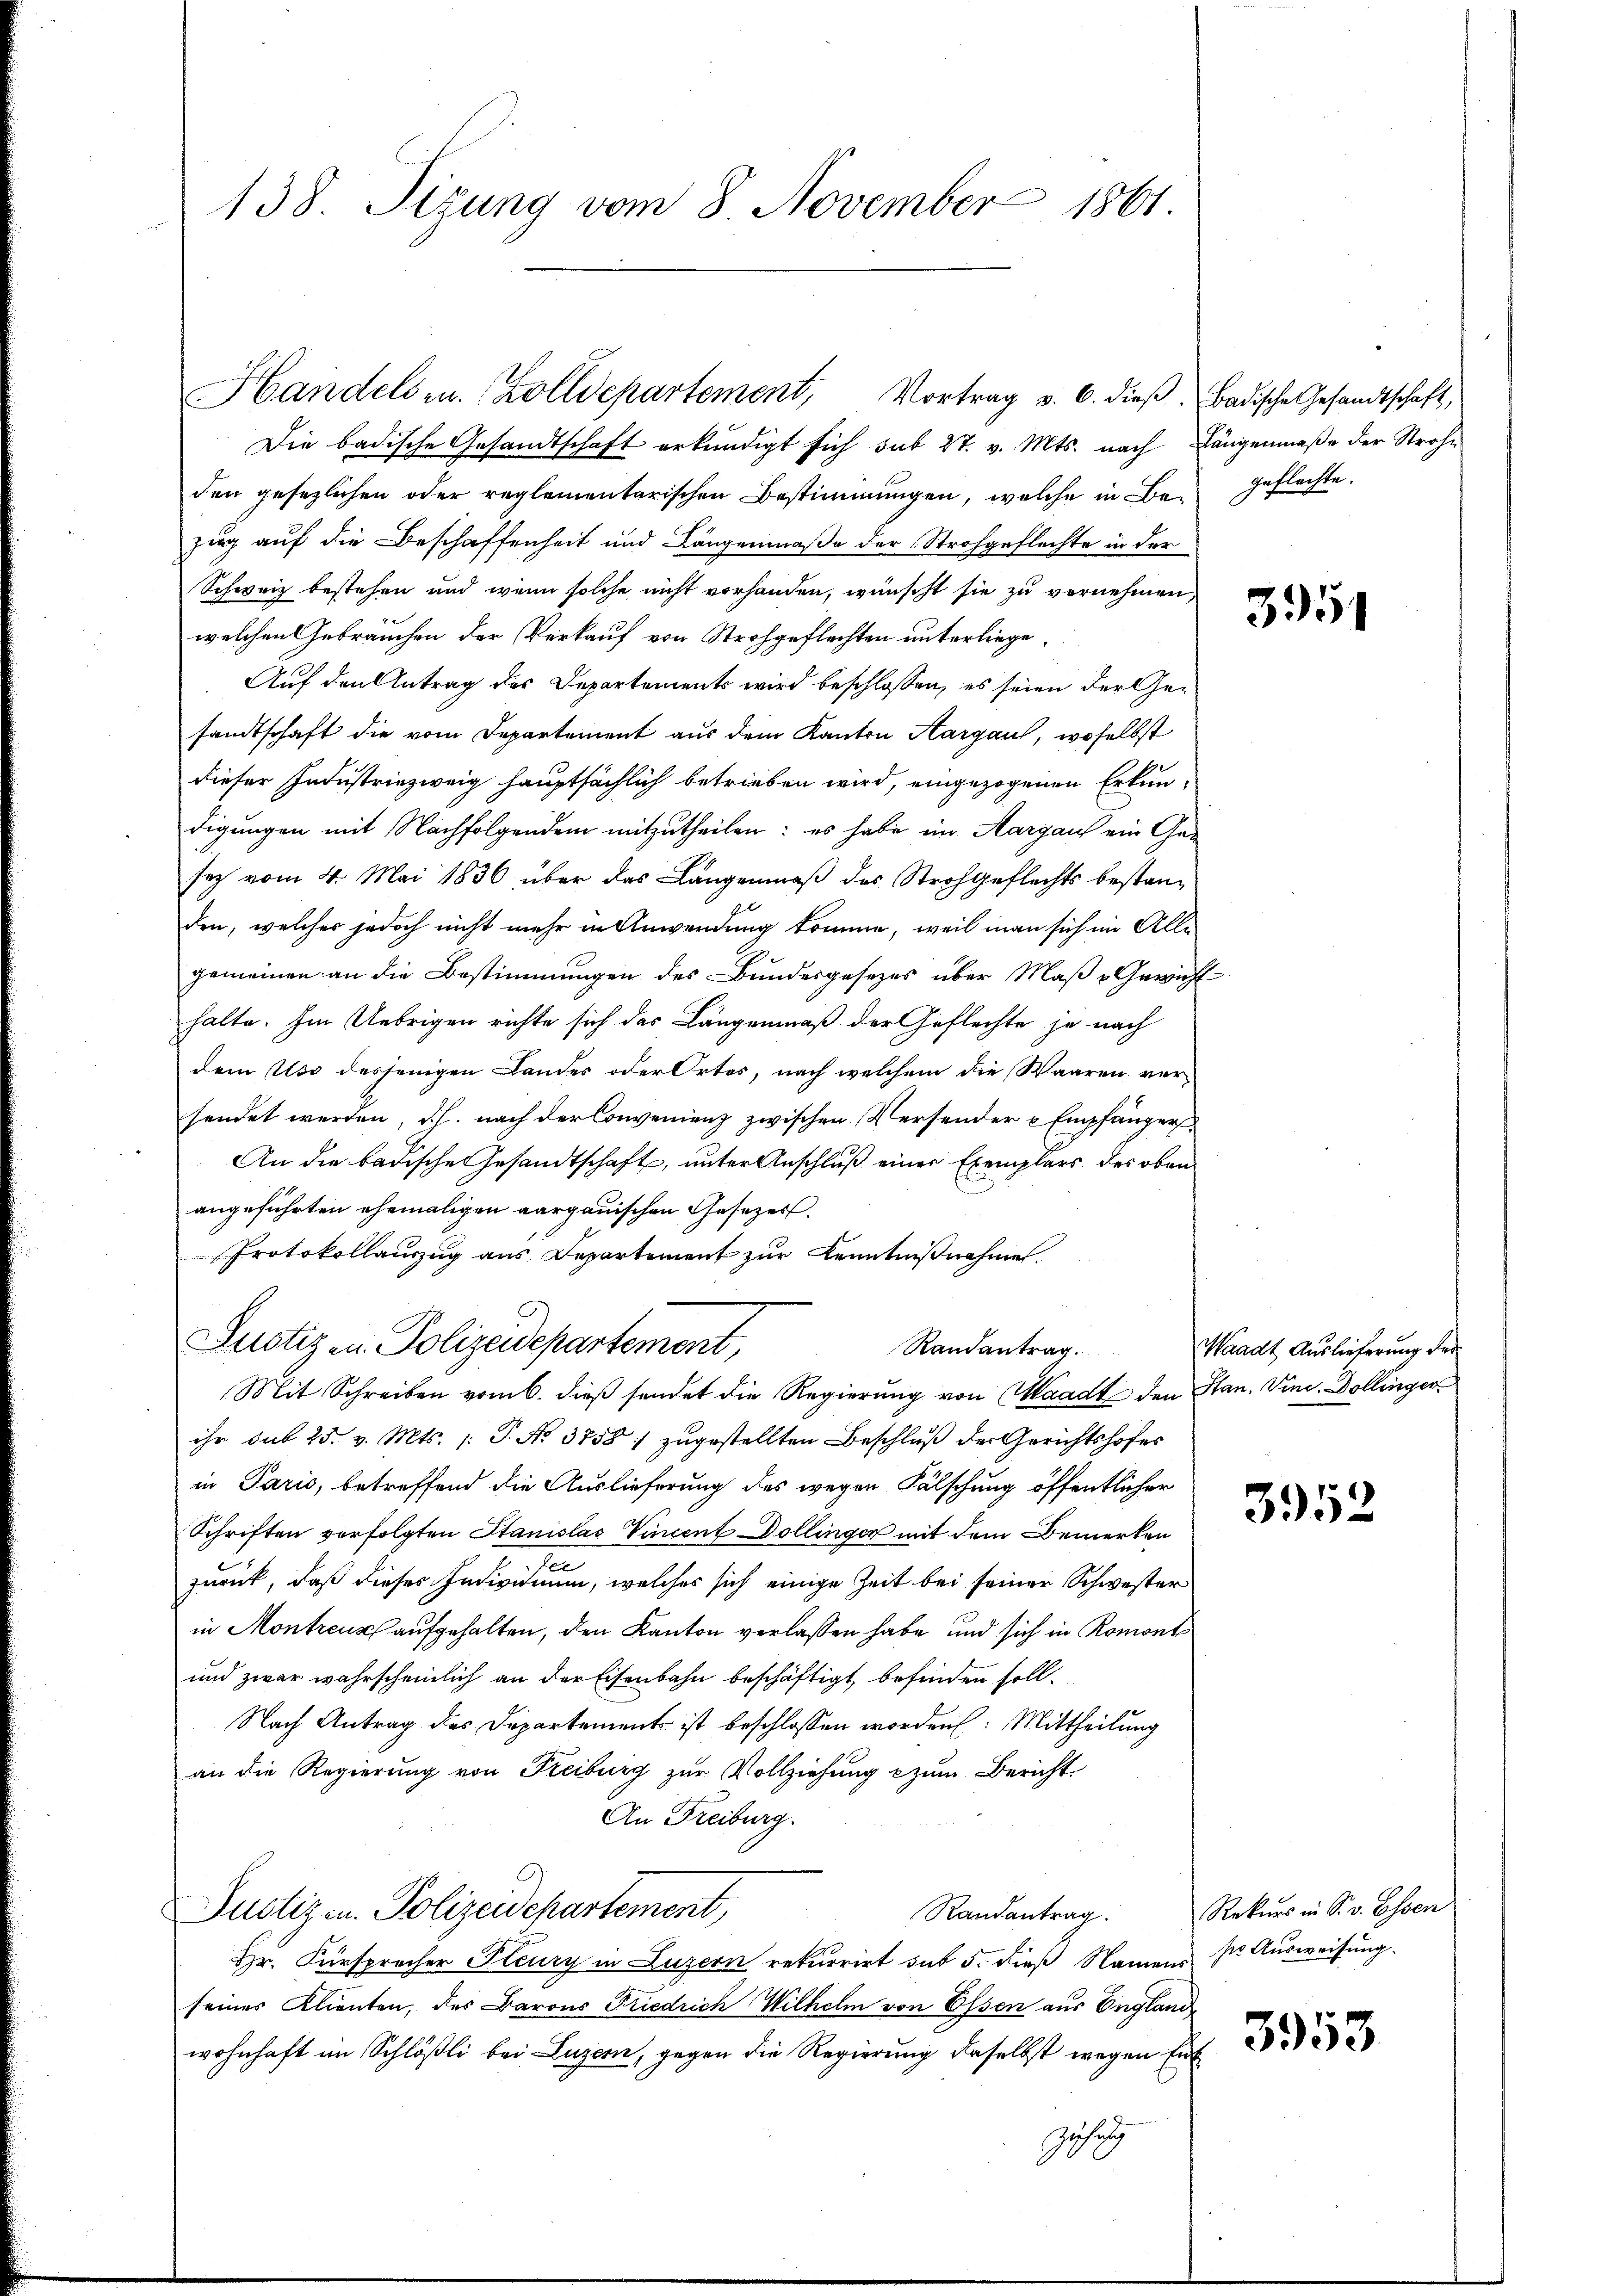
138. Sizung vom 8 November 1861

Handelsr. Zolldepartement, Vortrag v. 6. dieβ. Badische Gesandtschaft,

Die badische Gesandtschaft erkundigt sich sub 27. v. Mts. nach Längenmaße der Strohe
den gesezlichen oder reglementarischen Bestimmungen, welche in Be- Geflechte.
zug auf die Beschaffenheit und Längenmaße der Strohgeflechte in der
Schweiz bestehen und wenn solche nicht vorhanden, wünscht sie zu vernehmen,
welchen Gebrauchen der Verkauf von Strohgeflechten unterliege,
Auf den Antrag des Departements wird beschlossen, es seien der Gesandtschaft die vom Departement aus dem Kanton Aargau, woselbst
dieser Industriezweig hauptsächlich betrieben wird, eingezogenen Erkundigungen mit Nachfolgenden mitzutheilen: es habe im Aargau ein Ge-
sez vom 4. Mai 1836 über das Langenmäß des Strohgeflechts bestanden, welches jedoch nicht mehr in Anwendung komme, weil man sich im Allgemeinen an die Bestimmungen des Bundesgesezes über Maß Gewich
halte. Im Uebrigen richte sich das Längenmäß der Geflechte je nach
dem Uso desjenigen Lander oder Ortes, nach welchem die Waaren ver-
sendet werden, d.h. nach der Convenienz zwischen Versender u Empfänger
An die badische Gesandtschaft, unter Anschluß einer Exemplars des oben
angeführten ehemaligen aargauischen Gesezes.
Protokollauszug aus Departement zur Kenntnißnahmen.
Justiz u. Polizeidepartement,
Randantrag.
Mit Schreiben vom 6. dieß sendet die Regierung von Waadt den Han. Vine. Dollinger
ihr sub 25. v. Mts. (T. No. 3758 / zugestellten Beschluß der Gerichtshofes
in Paris, betreffend die Auslieferung des wegen Fälschung öffentlicher
Schriften verfolgten Stanislas Vincent Dollinger mit dem Bemerken
e
zurück, daß dieses Individuum, welches sich einige Zeit bei seiner Schwester
in Montreuz aufgehalten, den Kanton verlassen habe, und sich in Romont
und zwar wahrscheinlich an der Eisenbahn beschäftigt, befinden soll.
Nach Antrag des Departement ist beschlossen worden: Mittheilung
an die Regierung von Freiburg zur Vollziehung zum Bericht
An Freiburg.
Justiz- u. Polizeidepartement,
Randantrag.
Hr. Fürsprocher Steury in Luzern rekurrirt sub 5. dieß Namens pr. Ausweisung.
seiner Klienten, des Barons Friedrich Wilhelm von Essen aus England
wohnhaft im Schlößli bei Luzern, gegen die Regierung daselbst wegen Ent
Geset

3951

Waadt Auslieferung der

3952

Rekurs in S. v. Essen
3953